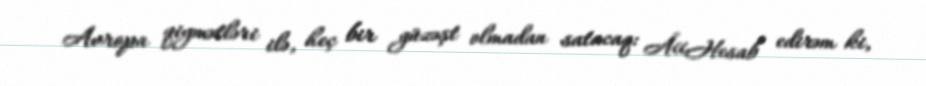
Avropa qiymətləri ilə, heç bir güzəşt olmadan satacaq: Â«Hesab edirəm ki,